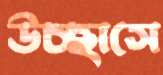
উচ্ছাসে